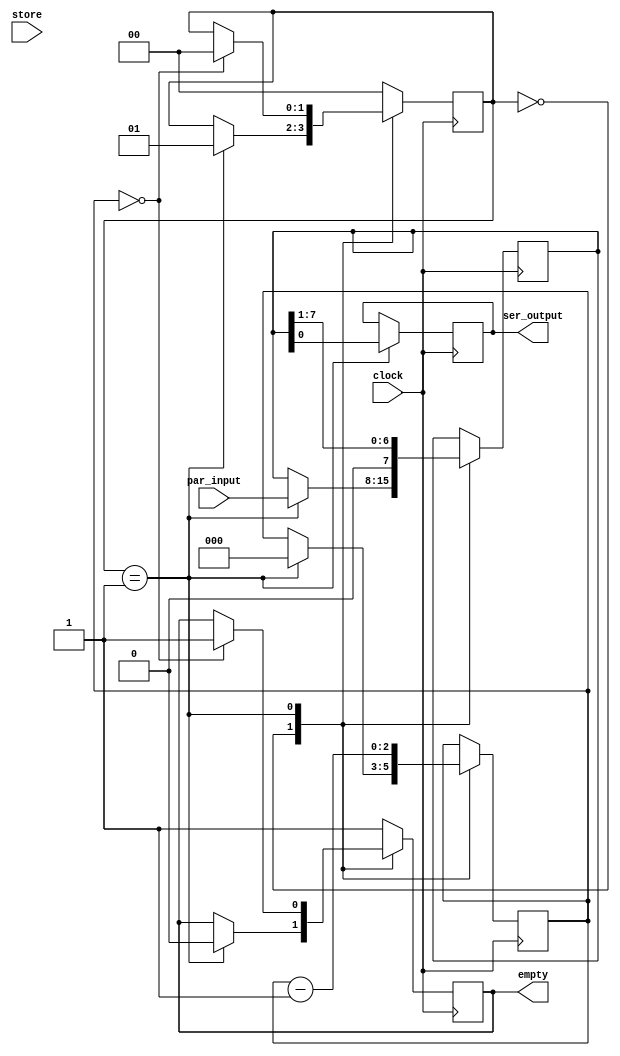
module serializer_1 (clock, par_input, store, ser_output, empty);

input wire clock;
input wire [7:0] par_input;
input wire store;
output reg ser_output;
output reg empty;

parameter state_empty = 2'b00;
parameter state_trans = 2'b01;

reg [1:0] state;
reg [7:0] data;
reg [2:0] count;

always @ (posedge clock)
	begin
		case (state)
				
				state_empty:
					begin
						if (state == 1'b1)
							begin
								state <= state_trans;
								data <= par_input;
								count <= 8;
								empty <= 0;
							end
					end
				
				state_trans:
					begin
						ser_output <= data[0];
						data <= data >> 1;
						count <= count - 1;
						if (count == 0)
							begin
								state <= state_empty;
								empty <= 1;
							end
					end
				
				default:
					begin
						state <= state_empty;
						empty <= 1;
					end
		endcase
	end

endmodule // serializer_1 (clock, par_input, store, ser_output, empty)

module serializer_2 (clock, ser_clock, par_input, store, ser_output, empty);

input wire clock;
input wire ser_clock;
input wire [7:0] par_input;
input wire store;
output reg ser_output;
output reg empty;

parameter state_empty = 2'b00;
parameter state_trans = 2'b01;

reg [1:0] state;
reg [7:0] data;
reg [2:0] count;

always @ (posedge clock)
begin			
	if (state == state_empty) begin
		if (store == 1'b1) begin
			state <= state_trans;
			data <= par_input;
			count <= 8;
			empty <= 0;
		end
	end
end

always @ (posedge ser_clock)
begin
	if (state == state_trans) begin
		ser_output <= data[0];
		data <= data >> 1;
		count <= count - 1;
		if (count == 0) begin
				state <= state_empty;
				empty <= 1;
		end
	end
end

always @ (negedge ser_clock)
begin
	if (state == state_trans) begin
		if (count == 0) begin
			state <= state_empty;
			empty <= 1;
		end
	end
end
	
endmodule // serializer_2 (clock, ser_clock, par_input, store, ser_output, empty)


module base_serializer (clock, par_data, divider, store, ser_clock, ser_data, empty);

input wire clock;
input wire [7:0] par_data;
input wire [31:0] divider;
input wire store;
output reg ser_clock;
output wire ser_data;
output wire empty;

reg [31:0] _divider;
reg [31:0]	div_counter;

reg state;

localparam unset = 1'b0;
localparam set = 1'b1;

always @ (posedge clock or negedge clock)
begin
	if (state == unset) begin
	
		if (clock == 1) begin
			if (store == 1) begin
				state <= set;
				_divider <= divider;
				div_counter <= 0;
			end
		end else begin // clock == 0
			// TODO
		end
	
	end else begin // state == set
		
		if (clock == 1) begin
			if (empty == 1) begin
				state <= unset;
			end
		end else begin // clock == 0
			// TODO
		end
		
		if (div_counter == 0) begin
			ser_clock <= ~ser_clock;
			div_counter <= divider;
		end
	
		div_counter <= div_counter - 1;
	
	end
end
	
endmodule // base_serializer (clock, par_data, divider, store, ser_clock, ser_data, empty)